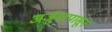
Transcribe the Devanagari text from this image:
अर्जुनापासून